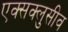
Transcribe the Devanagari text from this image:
एक्सक्लुसीव